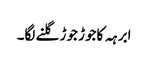
ابرہہ کاجوڑ جوڑ گلنے لگا۔